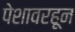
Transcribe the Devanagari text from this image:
पेशावरहून